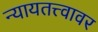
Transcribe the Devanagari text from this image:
न्यायतत्त्वावर